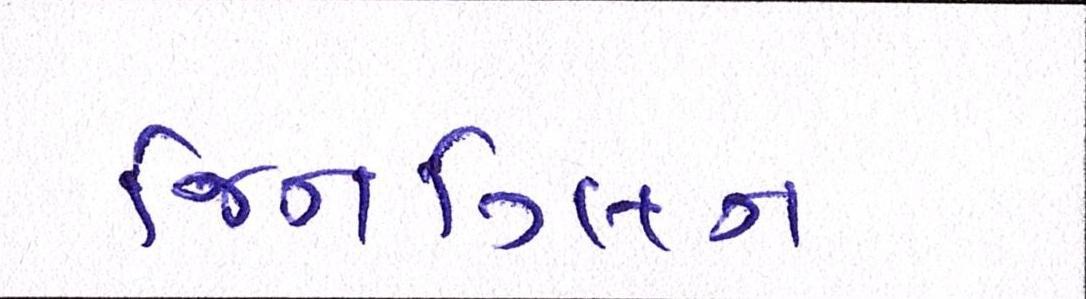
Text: જિનગ્લિન